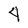
Character: 4